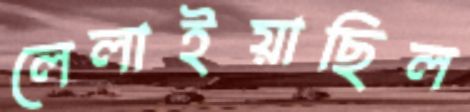
লেলাইয়াছিল